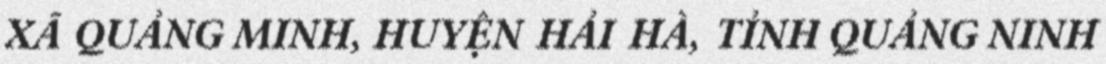
XÃ QUẢNG MINH, HUYỆN HẢI HÀ, TỈNH QUẢNG NINH